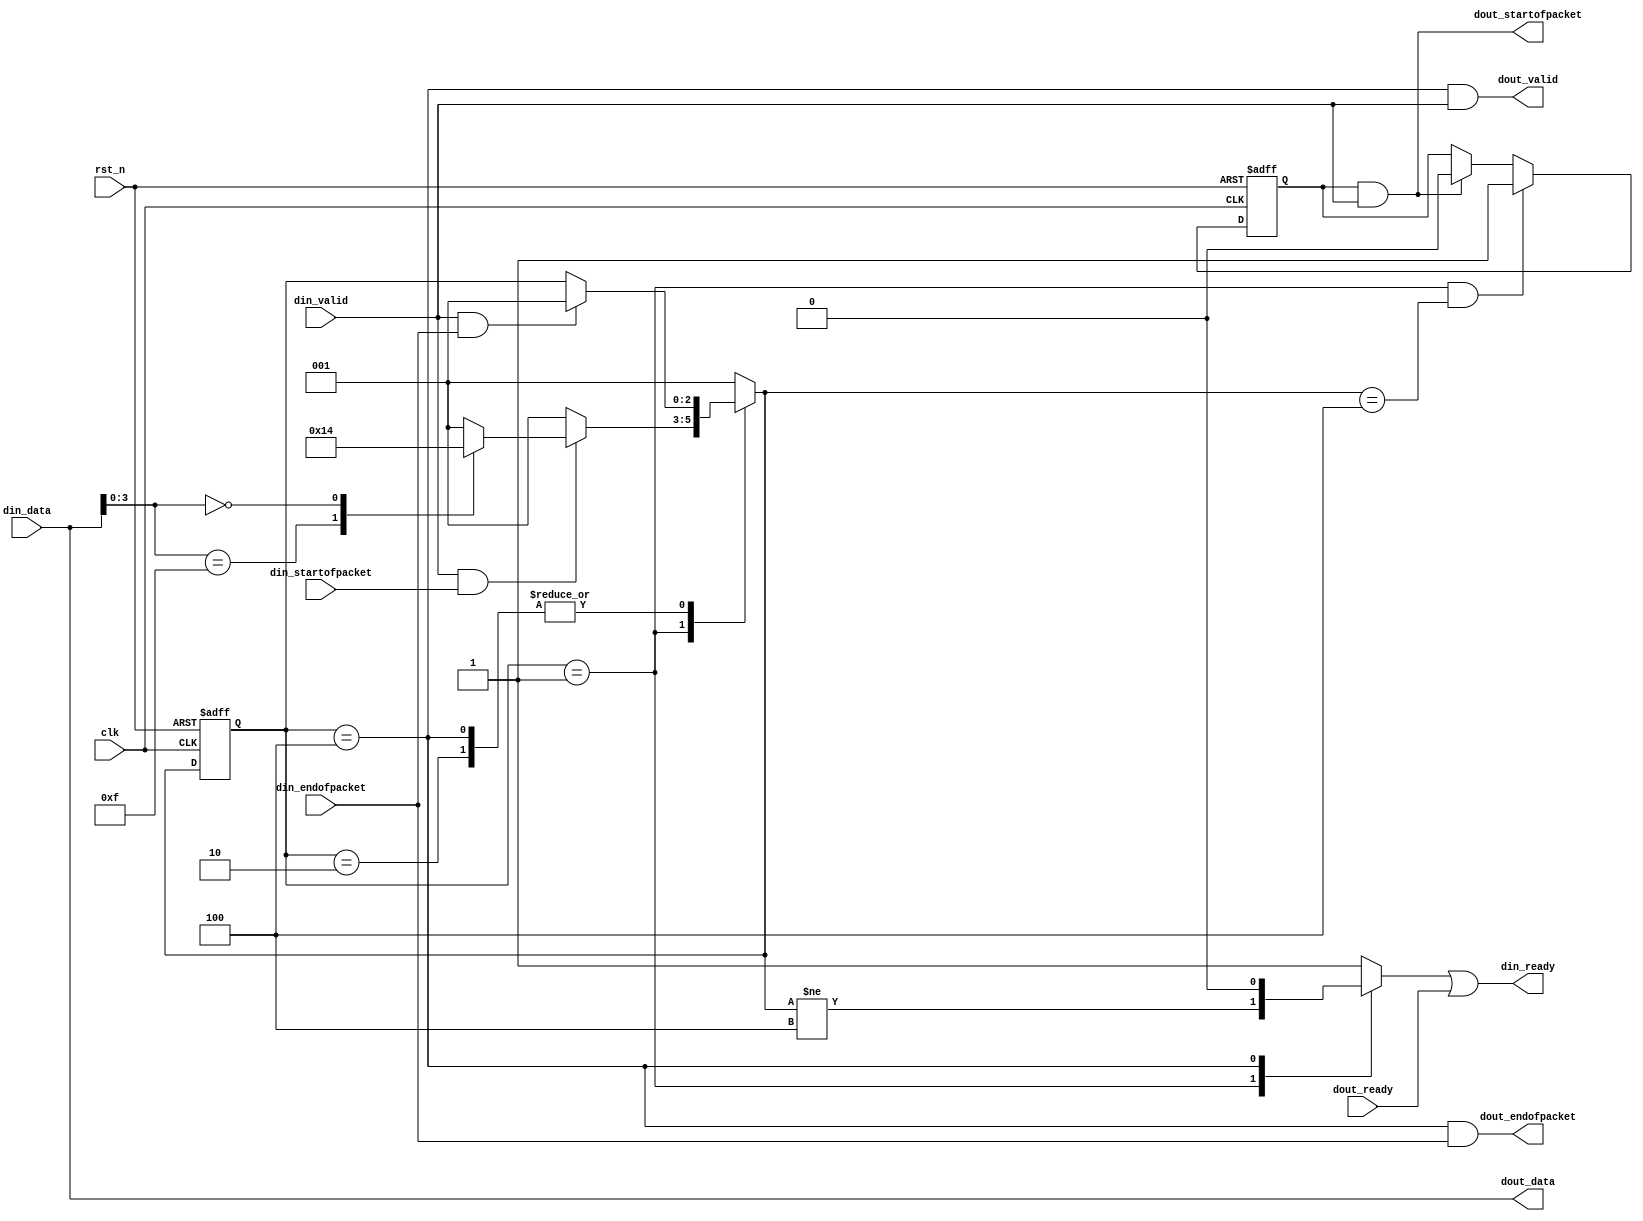
module image_store_decode(
	clk,rst_n,
	din_data,din_valid,din_ready,
	din_startofpacket,din_endofpacket,
	
	dout_data,dout_valid,dout_ready,
	dout_startofpacket,dout_endofpacket
);

parameter						DATA_WIDTH		= 24;
parameter						COLOR_BITS		= 8;
parameter						COLOR_PLANES	= 3;

input								clk,rst_n;

input		[DATA_WIDTH-1:0]	din_data;
input								din_valid;
input								din_startofpacket,din_endofpacket;
output							din_ready;

output	[DATA_WIDTH-1:0]	dout_data;
output							dout_valid;
output							dout_startofpacket,dout_endofpacket;
input								dout_ready;

reg	[15:0]	im_width,im_height;
reg	[3:0]		im_interlaced;
reg				dout_startofpacket_reg;

reg	[2:0]		state,n_state;
reg	[3:0]		head_cnt;
reg 				din_ready_reg;
wire				global_rst_n;

localparam	IDLE = 3'b001;
localparam	HEAD = 3'b010;
localparam	DATA = 3'b100;

assign dout_data				= din_data;
assign dout_valid				= state==DATA && din_valid;
assign dout_startofpacket	= dout_startofpacket_reg & din_valid;
assign dout_endofpacket		= state==DATA && din_endofpacket;
assign din_ready				= din_ready_reg | dout_ready;

always @(state or n_state)
begin
	case(state)
	IDLE: din_ready_reg = n_state!=DATA;
	HEAD: din_ready_reg = 1'b1;
	DATA: din_ready_reg = 1'b0;
	default: din_ready_reg = 1'b1;
	endcase
end

always @(posedge clk or negedge global_rst_n)
begin
	if(!global_rst_n)
		state <= IDLE;
	else
		state <= n_state;
end

always @(state or din_valid or din_startofpacket or din_endofpacket or din_data[3:0])
begin
	case(state)
	IDLE:begin
		if(din_valid & din_startofpacket)
		begin
			case(din_data[3:0])
			4'hF:n_state = HEAD;
			3'h0:n_state = DATA;
			default:n_state = IDLE;
			endcase
		end
		else
			n_state = IDLE;
	end
	HEAD,DATA:n_state = (din_valid & din_endofpacket) ? IDLE : state;
	default:n_state = IDLE;
	endcase
end

always @(posedge clk or negedge global_rst_n)
begin
	if(!global_rst_n)
		dout_startofpacket_reg <= 1'b0;
	else if(state==IDLE && n_state==DATA)
		dout_startofpacket_reg <= 1'b1;
	else if(dout_startofpacket)
		dout_startofpacket_reg <= 1'b0;
end

always @(posedge clk or negedge global_rst_n)
begin
	if(!global_rst_n)
		head_cnt <= 4'd0;
	else if(state==HEAD)
		head_cnt <= din_valid ? head_cnt + 4'd1 : head_cnt;
	else
		head_cnt <= 4'd0;
end

always @(posedge clk or negedge global_rst_n)
begin
	if(!global_rst_n)
	begin
		im_width <= 16'd0;
		im_height <= 16'd0;
		im_interlaced <= 4'd0;
	end
	else if(state==HEAD && din_valid)
	begin
		case(COLOR_PLANES)
		1:begin
			case(head_cnt)
			4'd0:im_width[15:12] <= din_data[3:0];
			4'd1:im_width[11:8] <= din_data[3:0];
			4'd2:im_width[7:4] <= din_data[3:0];
			4'd3:im_width[3:0] <= din_data[3:0];
			4'd4:im_height[15:12] <= din_data[3:0];
			4'd5:im_height[11:8] <= din_data[3:0];
			4'd6:im_height[7:4] <= din_data[3:0];
			4'd7:im_height[3:0] <= din_data[3:0];
			4'd8:im_interlaced <= din_data[3:0];
			endcase
		end
		2:begin
			case(head_cnt)
			4'd0:im_width[15:8] <= {din_data[3:0],din_data[COLOR_BITS+3:COLOR_BITS]};
			4'd1:im_width[7:0] <= {din_data[3:0],din_data[COLOR_BITS+3:COLOR_BITS]};
			4'd2:im_height[15:8] <= {din_data[3:0],din_data[COLOR_BITS+3:COLOR_BITS]};
			4'd3:im_height[7:0] <= {din_data[3:0],din_data[COLOR_BITS+3:COLOR_BITS]};
			4'd4:im_interlaced <= din_data[3:0];
			endcase
		end
		3:begin
			case(head_cnt)
			4'd0:im_width[15:4] <= {din_data[3:0],din_data[COLOR_BITS+3:COLOR_BITS],din_data[COLOR_BITS*2+3:COLOR_BITS*2]};
			4'd1:{im_width[3:0],im_height[15:8]} <= {din_data[3:0],din_data[COLOR_BITS+3:COLOR_BITS],din_data[COLOR_BITS*2+3:COLOR_BITS*2]};
			4'd2:{im_height[7:0],im_interlaced} <= {din_data[3:0],din_data[COLOR_BITS+3:COLOR_BITS],din_data[COLOR_BITS*2+3:COLOR_BITS*2]};
			endcase
		end
		endcase
	end
end

assign global_rst_n = rst_n;

endmodule